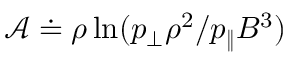
\mathcal { A } \doteq \rho \ln ( p _ { \perp } \rho ^ { 2 } / p _ { \| } B ^ { 3 } )